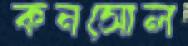
কনসোল